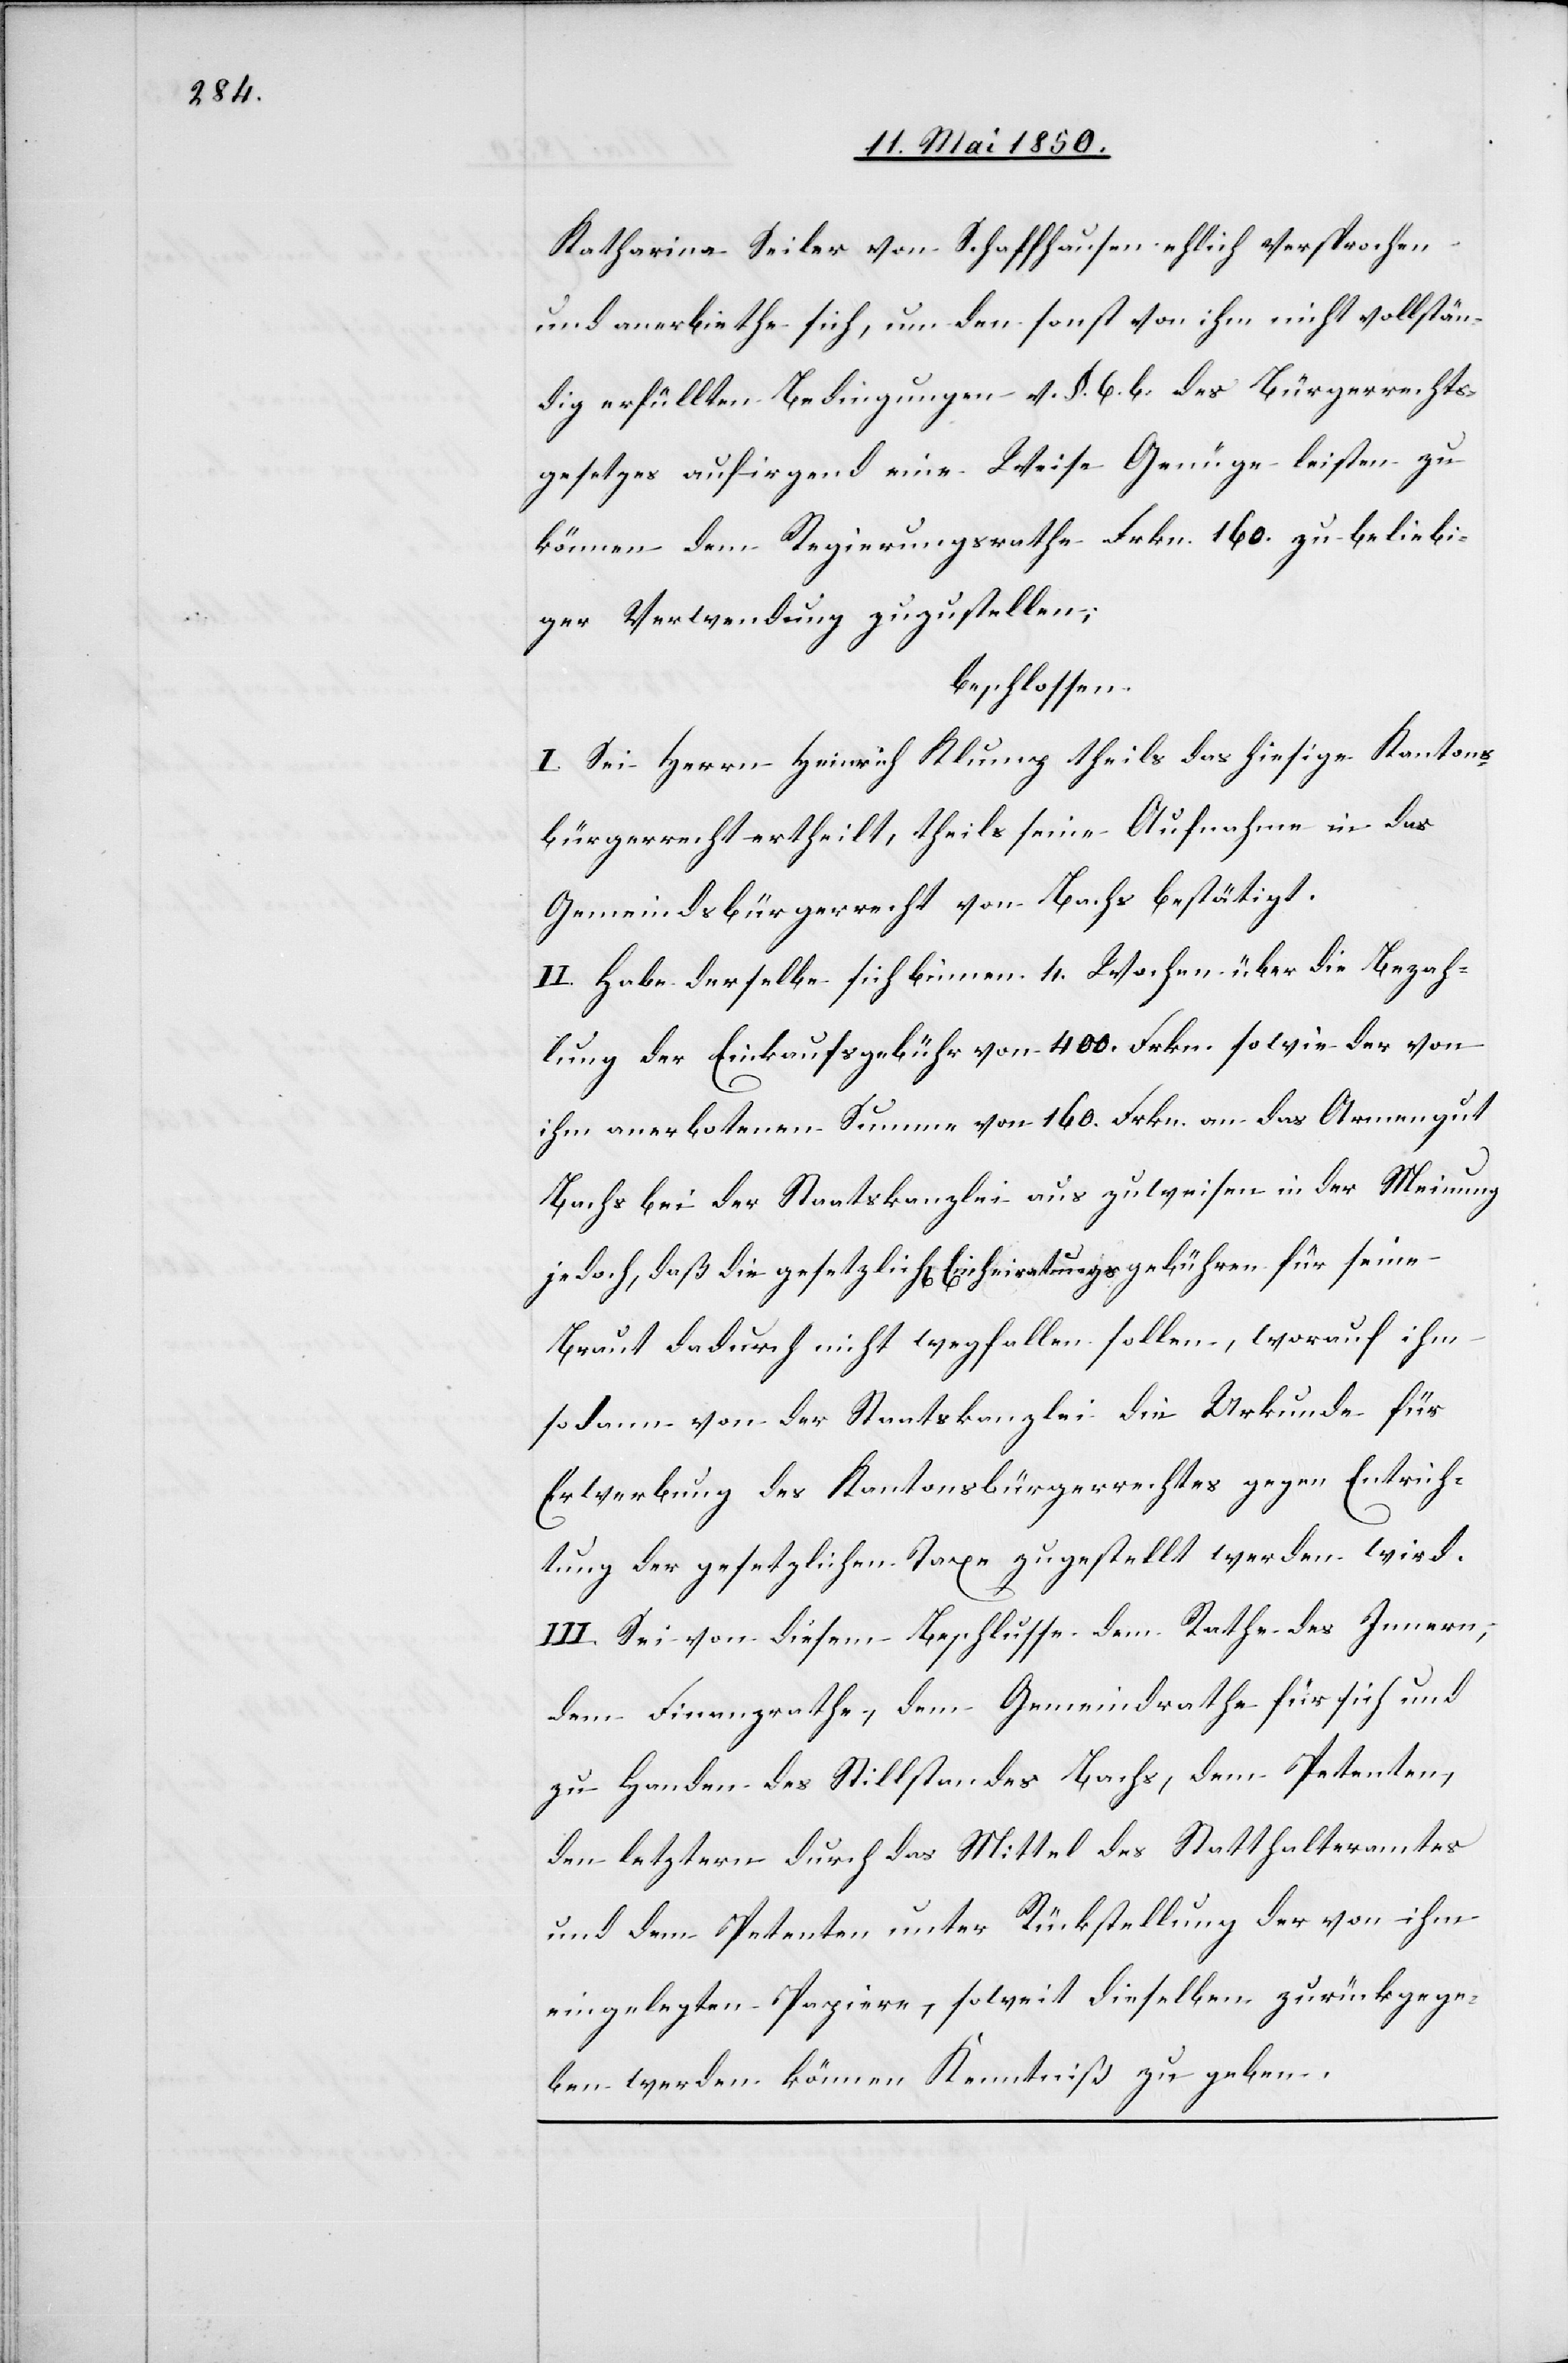
Katharina Seiler von Schaffhausen ehlich versprochen
und anerbiethe sich, um den sonst von ihm nicht vollstän¬
dig erfüllten Bedingungen v. §. 6. b. des Bürgerrechts¬
gesetzes auf irgend eine Weise Genüge leisten zu
können dem Regierungsrathe Frkn. 160. zu beliebi¬
ger Verwendung zuzustellen;
beschlossen:
I. Sei Herrn Heinrich Klump theils das hiesige Kantons¬
bürgerrecht ertheilt, theils seine Aufnahme in das
Gemeindsbürgerrecht von Bachs bestätigt.
II. Habe derselbe sich binnen 4. Wochen über die Bezah¬
lung der Einkaufsgebühr von 400. Frkn. sowie der i¬
hm anerbotenen Summe von 160. Frkn. an das Armengut
Bachs bei der Staatskanzlei auszuweisen in der Meinung
jedoch, daß die gesetzlich[en] Einheiratungsgebühren für seine
Braut dadurch nicht wegfallen sollen, worauf ihm
sodann von der Staatskanzlei die Urkunde für
Erwerbung des Kantonsbürgerrechtes gegen Entrich¬
tung der gesetzlichen Taxe zugestellt werden wird.
III. Sei von diesem Beschlusse dem Rathe des Innern,
dem Finanzrathe, dem Gemeindrathe für sich und
zu Handen des Stillstandes Bachs, dem Petenten,
den letztern durch das Mittel des Statthalteramtes
und dem Petenten unter Rückstellung der von ihm
eingelegten Papiere, soweit dieselben zurückgege¬
ben werden können Kenntniß zu geben.